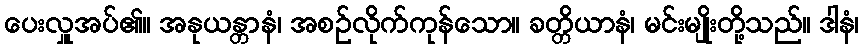
ပေးလှူအပ်၏။ အနုယန္တာနံ၊ အစဉ်လိုက်ကုန်သော။ ခတ္တိယာနံ၊ မင်းမျိုးတို့သည်။ ဒါနံ၊